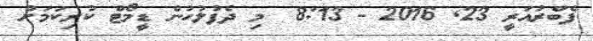
ފެބްރުއަރީ 23